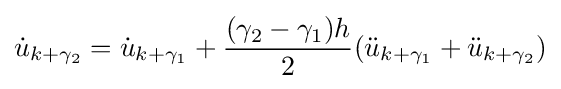
{\dot {u}}_{k+\gamma _{2}}={\dot {u}}_{k+\gamma _{1}}+{\frac {(\gamma _{2}-\gamma _{1})h}{2}}({\ddot {u}}_{k+\gamma _{1}}+{\ddot {u}}_{k+\gamma _{2}})